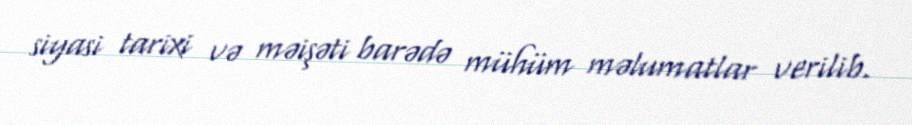
siyasi tarixi və məişəti barədə mühüm məlumatlar verilib.